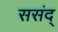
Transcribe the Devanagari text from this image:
ससंद्